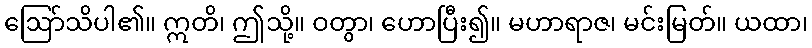
ဩော်သိပါ၏။ ဣတိ၊ ဤသို့။ ဝတွာ၊ ဟောပြီး၍။ မဟာရာဇ၊ မင်းမြတ်။ ယထာ၊